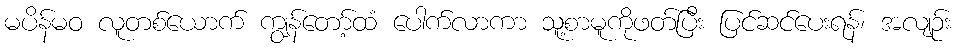
မပိန်မဝ လူတစ်ယောက် ကျွန်တော့်ထံ ပေါက်လာကာ သူ့စာမူကိုဖတ်ပြီး ပြင်ဆင်ပေးရန်၊ အလျဉ်း